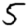
Digit: 5